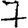
Digit: 7